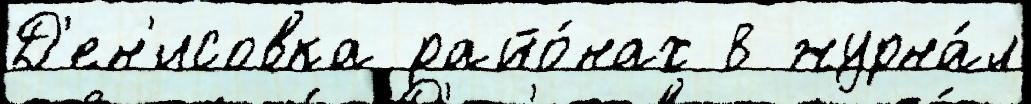
Д'ен'исовка райо́нах 8 журна́л